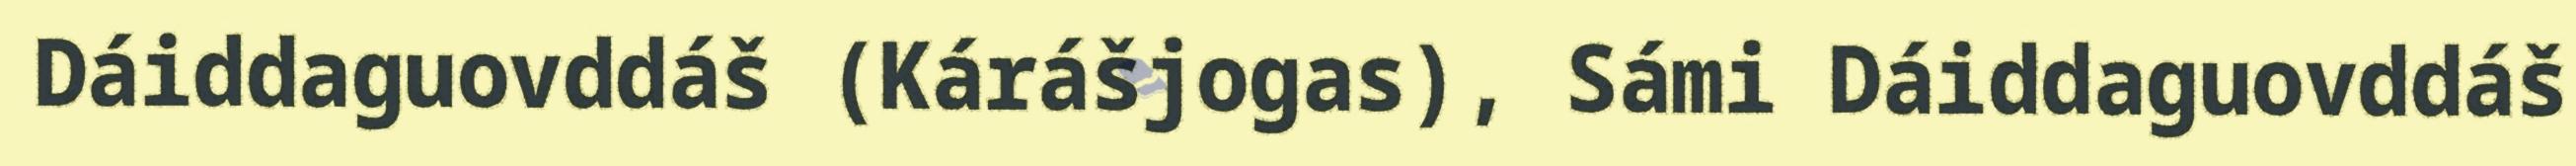
Dáiddaguovddáš (Kárášjogas), Sámi Dáiddaguovddáš